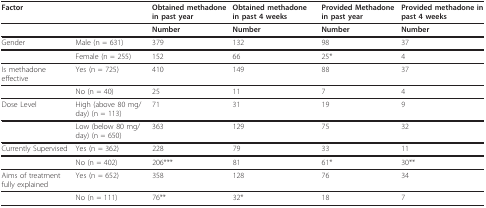
<table><thead><tr><td><b>Factor</b></td><td></td><td><b>Obtained methadone in past year</b></td><td><b>Obtained methadone in past 4 weeks</b></td><td><b>Provided Methadone in past year</b></td><td><b>Provided methadone in past 4 weeks</b></td></tr></thead><tbody><tr><td></td><td></td><td><b>Number</b></td><td><b>Number</b></td><td><b>Number</b></td><td><b>Number</b></td></tr><tr><td>Gender</td><td>Male (n = 631)</td><td>379</td><td>132</td><td>98</td><td>37</td></tr><tr><td></td><td>Female (n = 255)</td><td>152</td><td>66</td><td>25*</td><td>4</td></tr><tr><td>Is methadone effective</td><td>Yes (n = 725)</td><td>410</td><td>149</td><td>88</td><td>37</td></tr><tr><td></td><td>No (n = 40)</td><td>25</td><td>11</td><td>7</td><td>4</td></tr><tr><td>Dose Level</td><td>High (above 80 mg/day) (n = 113)</td><td>71</td><td>31</td><td>19</td><td>9</td></tr><tr><td></td><td>Low (below 80 mg/day) (n = 650)</td><td>363</td><td>129</td><td>75</td><td>32</td></tr><tr><td>Currently Supervised</td><td>Yes (n = 362)</td><td>228</td><td>79</td><td>33</td><td>11</td></tr><tr><td></td><td>No (n = 402)</td><td>206***</td><td>81</td><td>61*</td><td>30**</td></tr><tr><td>Aims of treatment fully explained</td><td>Yes (n = 652)</td><td>358</td><td>128</td><td>76</td><td>34</td></tr><tr><td></td><td>No (n = 111)</td><td>76**</td><td>32*</td><td>18</td><td>7</td></tr></tbody></table>